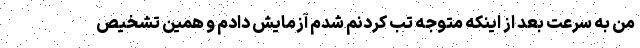
من به سرعت بعد از اینکه متوجه تب کردنم شدم آزمایش دادم و همین تشخیص